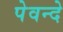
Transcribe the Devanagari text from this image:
पेवन्दे